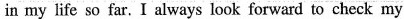
in my life so far. I always look forward to check my